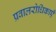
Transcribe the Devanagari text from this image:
प्रवालरोधिकाएँ